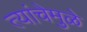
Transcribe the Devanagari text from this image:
त्यांचेमुळे